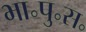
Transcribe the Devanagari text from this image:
भा॰पु॰स॰